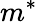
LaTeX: m^{*}